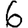
Digit: 6